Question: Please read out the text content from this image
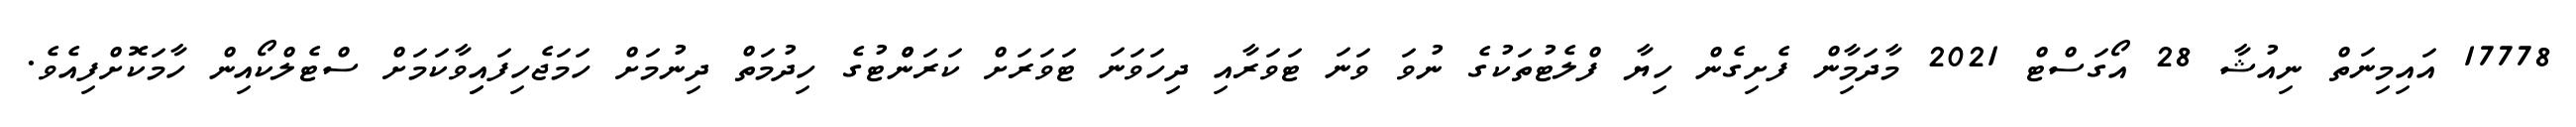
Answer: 17778 އައިމިނަތް ނިއުޝާ 28 އޯގަސްޓް 2021 މާދަމާިން ފެށިގެން ހިޔާ ފްލެޓުތަކުގެ ނުވަ ވަނަ ޓަވަރާއި ދިހަވަނަ ޓަވަރަށް ކަރަންްޓުގެ ހިދުމަތް ދިނުމަށް ހަމަޖެހިފައިިވާކަމަށް ސްޓެލްކޯއިން ހާމަކޮށްފިއެވެ.